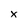
Character: x